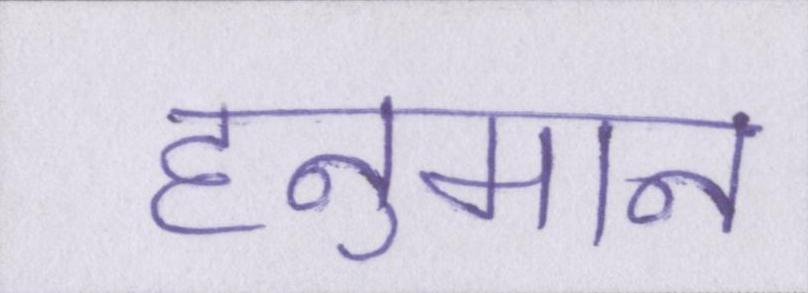
हनुमान